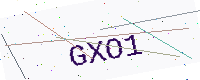
Text: GXO1